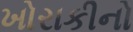
ખોરાકીનો